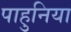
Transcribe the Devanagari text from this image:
पाहुनिया